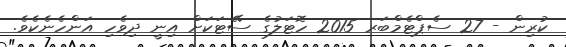
ކުރިން - 27 ސެޕްޓެމްބަރ 2015 ހޮޓަލުގެ ސޭޓަކަށް އިނީ ދިވެހި އަންހެނެކެވެ.